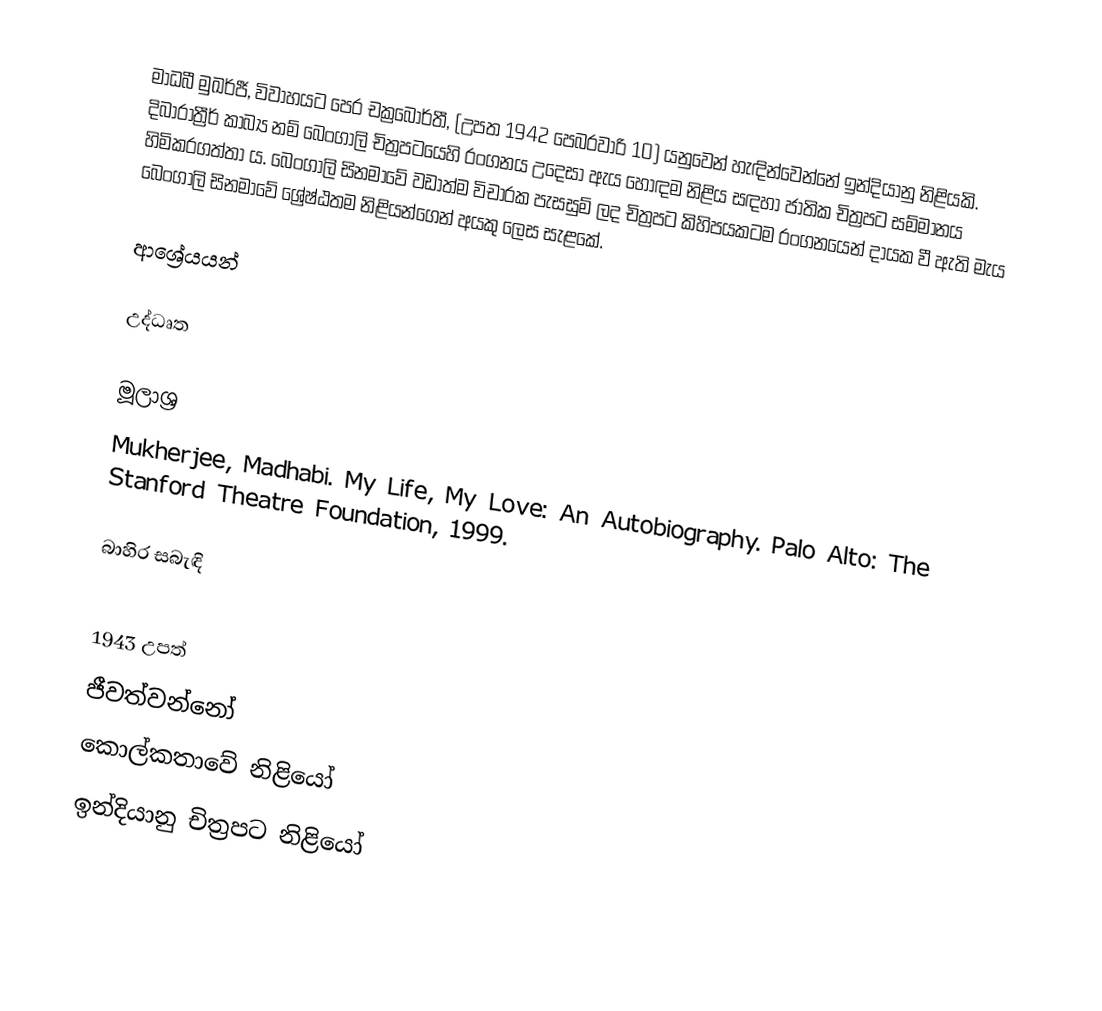
මාධබී මුඛර්ජී, විවාහයට පෙර චක්‍රබොර්තී, (උපත 1942 පෙබරවාරි 10) යනුවෙන් හැඳින්වෙන්නේ ඉන්දියානු නිළියකි. දිබාරාත්‍රීර් කාබ්‍ය නම් බෙංගාලි චිත්‍රපටයෙහි රංගනය උදෙසා ඇය හොඳම නිළිය සඳහා ජාතික චිත්‍රපට සම්මානය හිමිකරගත්තා ය. බෙංගාලි සිනමාවේ වඩාත්ම විචාරක පැසසුම් ලද චිත්‍රපට කිහිපයකටම රංගනයෙන් දායක වී ඇති මැය බෙංගාලි සිනමාවේ ශ්‍රේෂ්ඨතම නිළියන්ගෙන් අයකු ලෙස සැළකේ.

ආශ්‍රේයයන්

උද්ධෘත

මූලාශ්‍ර
Mukherjee, Madhabi. My Life, My Love: An Autobiography. Palo Alto: The Stanford Theatre Foundation, 1999.

බාහිර සබැඳි

1943 උපත්
ජීවත්වන්නෝ
කොල්කතාවේ නිළියෝ
ඉන්දියානු චිත්‍රපට නිළියෝ